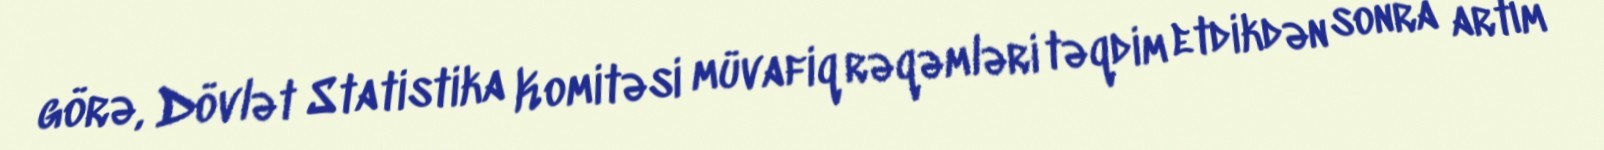
görə, Dövlət Statistika Komitəsi müvafiq rəqəmləri təqdim etdikdən sonra artım